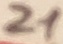
Text: 21